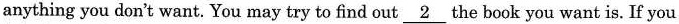
anything you don't want. You may try to find out \underline{ 2} the book you want is.If you